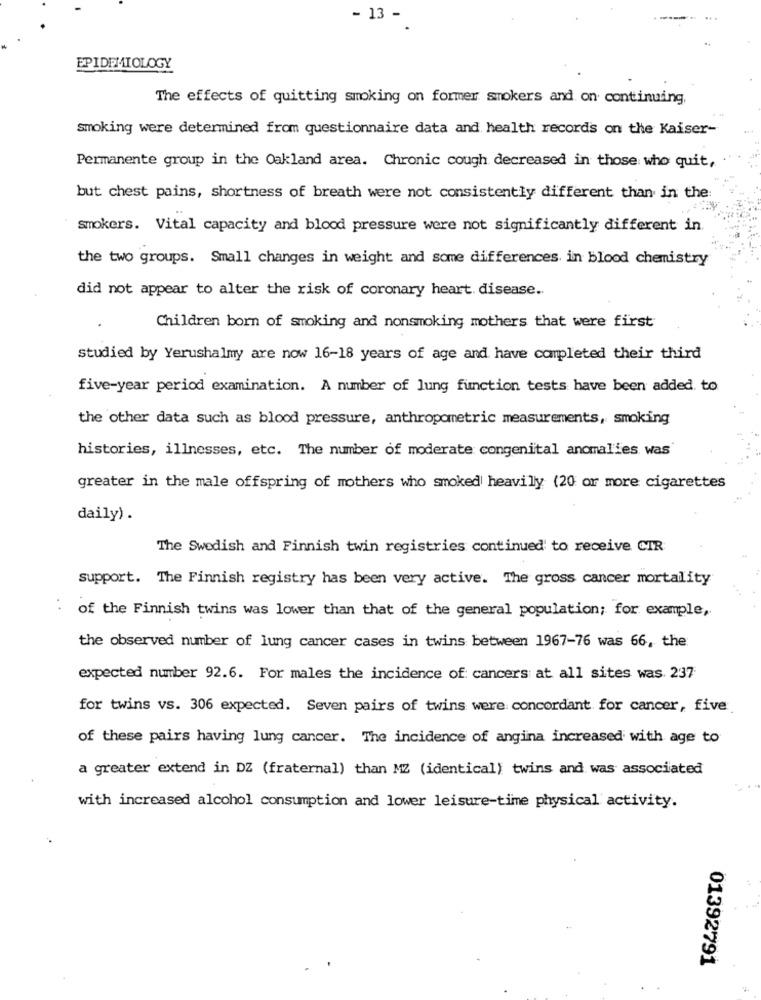
- 13 -
EPIDEMIOLOGY
The effects of quitting smoking on former smokers and on continuing,
smoking were determined from questionnaire data and health records on the Kaiser-
Permanente group in the Oakland area. Chronic cough decreased in those who quit,
but chest pains, shortness of breath were not consistently different than in the:
smokers. Vital capacity and blood pressure were not significantly different in.
the two groups. Small changes in weight and some differences in blood chemistry
did not appear to alter the risk of coronary heart. disease ..
Children born of smoking and nonsmoking mothers that were first
studied by Yerushalmy are now 16-18 years of age and have completed their third
five-year period examination. A number of lung function tests have been added. to
the other data such as blood pressure, anthropometric measurements, smoking
histories, illnesses, etc. The number of moderate congenital anomalies was
greater in the male offspring of mothers who smoked heavily (20 or more cigarettes
daily) .
The Swedish and Finnish twin registries continued to receive CIR
support. The Finnish registry has been very active. The gross cancer mortality
of the Finnish twins was lower than that of the general population; for example,
the observed number of lung cancer cases in twins between 1967-76 was 66, the
expected number 92.6. For males the incidence of: cancers at all sites was. 237
for twins vs. 306 expected. Seven pairs of twins were concordant for cancer, five
of these pairs having lung cancer. The incidence of angina increased with age to
a greater extend in DZ (fraternal) than MZ (identical) twins and was associated
with increased alcohol consumption and lower leisure-time physical activity.
01392791